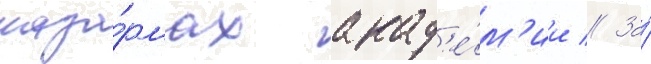
каза́рмах акад'е́м'ии // За́